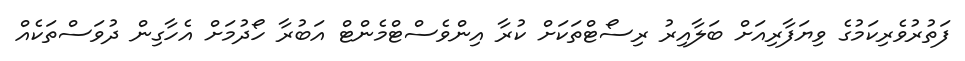
ފަތުރުވެރިކަމުގެ ވިޔަފާރިއަށް ބަލާއިރު ރިސޯޓްތަކަށް ކުރާ އިންވެސްޓްމެންޓް އަބުރާ ހޯދުމަށް އެހާގިން ދުވަސްތަކެއް